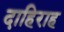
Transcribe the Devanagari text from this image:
दाहिराह